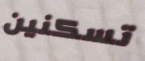
تسكنين